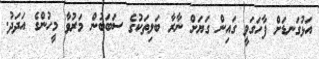
އަޅުގަނޑަށް ފާހަގަވީ ގައިން ގަޔަށް ނާރާ ބަލިތަކުގެ ސަބަބުން މަރުވާ މީހުންގެ އަދަދު.